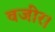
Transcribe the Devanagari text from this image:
वजीर।